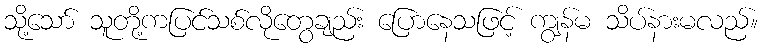
သို့သော် သူတို့ကပြင်သစ်လိုတွေချည်း ပြောနေသဖြင့် ကျွန်မ သိပ်နားမလည်။